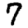
Digit: 7